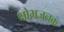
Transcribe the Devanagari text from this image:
क्षोभजनक